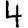
Digit: 4